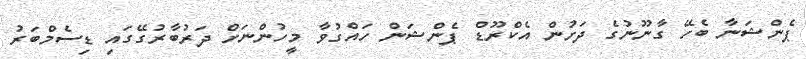
ޕެންޝަނާ ބެހޭ ގާނޫނުގެ ދަށުން އެކްރޫޑް ޕެންޝަން ހައްގުވާ މީހުންނަށް ދަރުބާރުގޭގައި ޑިސެމްބަރު